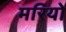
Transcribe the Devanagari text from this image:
मरियो